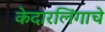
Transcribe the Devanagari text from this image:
केदारलिंगाचे